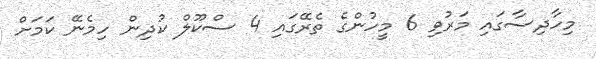
މިހާދިސާގައި މަރުވި 6 މީހުންގެ ތެރޭގައި 4 ސްކޫލް ކުދިން ހިމެނޭ ކަމަށް